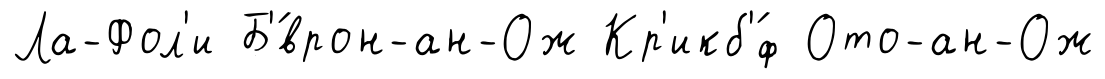
Ла-Фол'и Б'́врон-ан-Ож Кр'икб'́ф Ото-ан-Ож